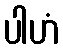
ပါဟံ